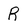
Character: R